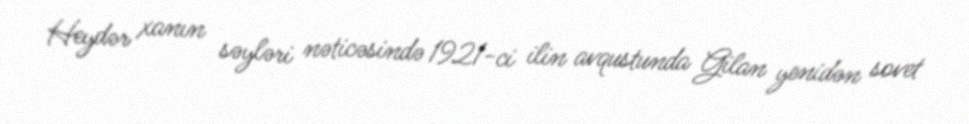
Heydər xanın səyləri nəticəsində 1921-ci ilin avqustunda Gilan yenidən sovet